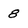
Character: 8